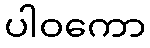
ပါဝကော